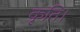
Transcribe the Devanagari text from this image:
कृति।